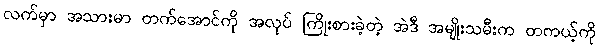
လက်မှာ အသားမာ တက်အောင်ကို အလုပ် ကြိုးစားခဲ့တဲ့ အဲဒီ အမျိုးသမီးက တကယ့်ကို